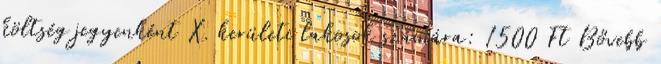
költség jegyenként X. kerületi lakosok számára: 1500 Ft Bővebb